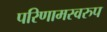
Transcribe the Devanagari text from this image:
परिणामस्‍वरुप